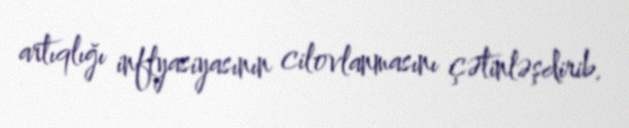
artıqlığı inflyasiyasının cilovlanmasını çətinləşdirib.